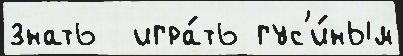
знать  игра́ть гус'и́ным